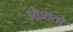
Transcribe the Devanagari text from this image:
ओत्रांतो